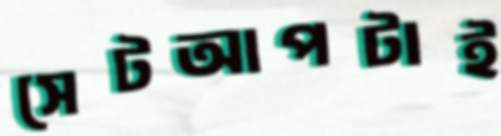
সেটআপটাই